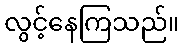
လွင့်နေကြသည်။